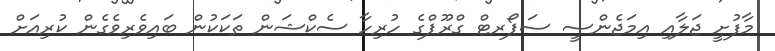
މާފުށީ ޖަލާއި އިމަޖެންސީ ސަޕޯރޓް ގްރޫޕްގެ ހުރިހާ ސެކްޝަން ތަކަކުން ބައިވެރިވެގެން ކުރިއަށް